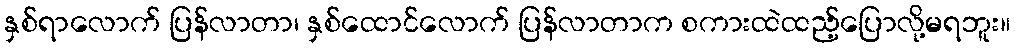
နှစ်ရာလောက် ပြန်လာတာ၊ နှစ်ထောင်လောက် ပြန်လာတာက စကားထဲထည့်ပြောလို့မရဘူး။